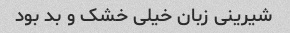
شیرینی زبان خیلی خشک و بد بود